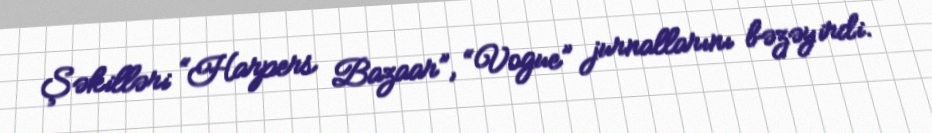
Şəkilləri “Harpers Bazaar”, “Vogue” jurnallarını bəzəyirdi.